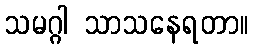
သမဂ္ဂါ သာသနေရတာ။